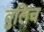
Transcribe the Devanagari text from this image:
वुलिच